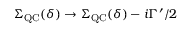
\Sigma _ { \mathrm { Q C } } ( \delta ) \rightarrow \Sigma _ { \mathrm { Q C } } ( \delta ) - i \Gamma ^ { \prime } / 2